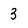
Character: 3